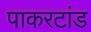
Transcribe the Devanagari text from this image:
पाकरटांड